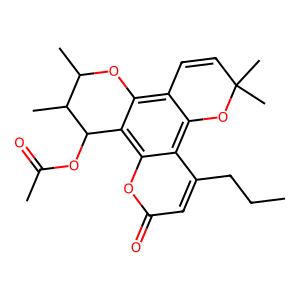
SMILES: CCCc1cc(=O)oc2c3c(c4c(c12)OC(C)(C)C=C4)OC(C)C(C)C3OC(C)=O
Inhibits HIV replication: Yes